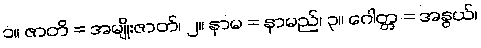
၁။ ဇာတိ = အမျိုးဇာတ်၊ ၂။ နာမ = နာမည်၊ ၃။ ဂေါတ္တ = အနွယ်၊